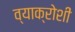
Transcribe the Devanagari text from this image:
व्याक्रोशीं